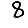
Digit: 8